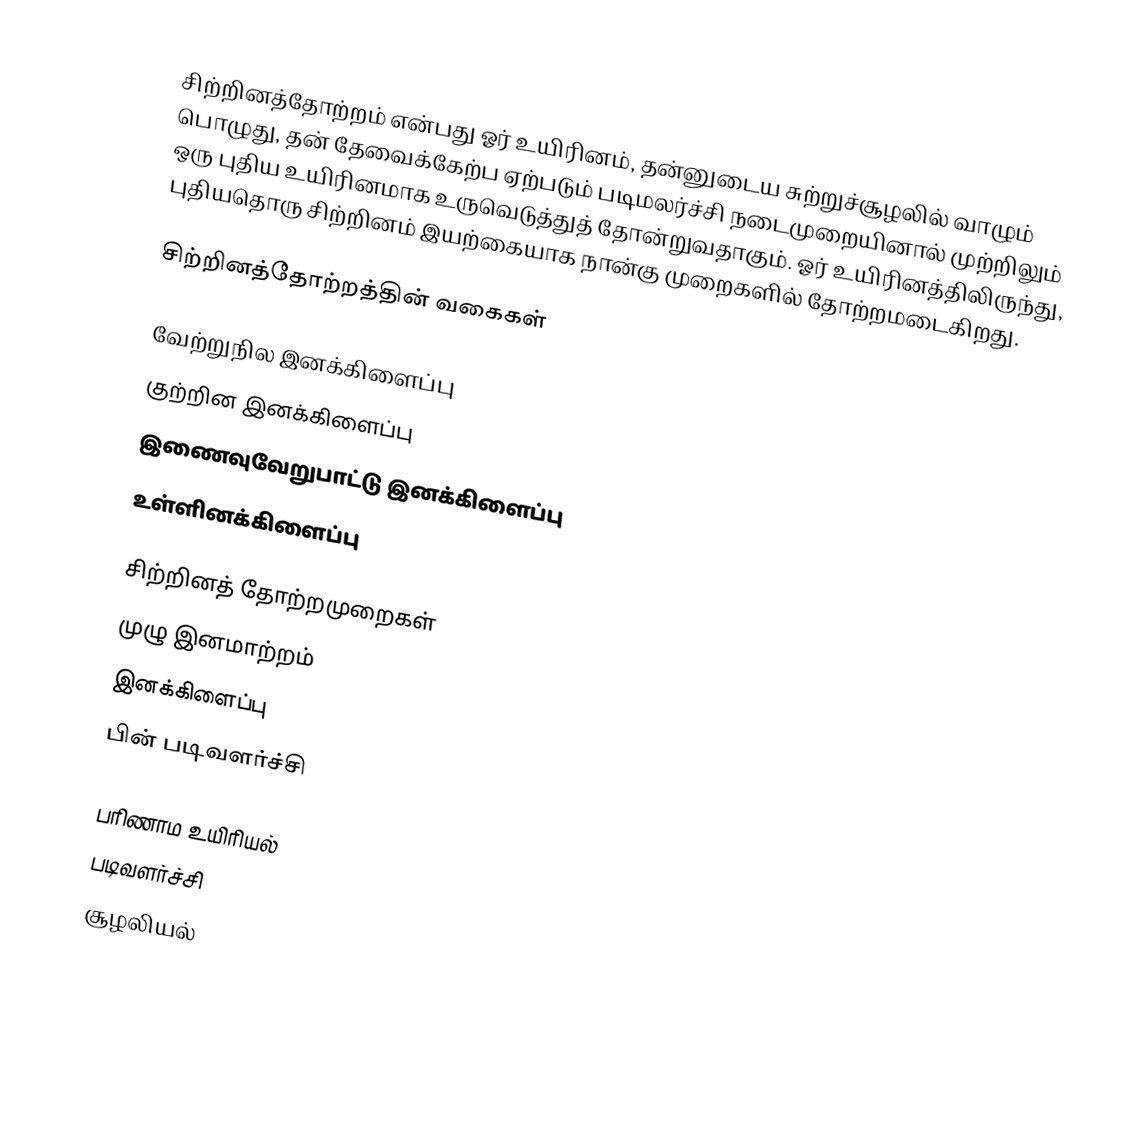
சிற்றினத்தோற்றம் என்பது ஓர் உயிரினம்,  தன்னுடைய சுற்றுச்சூழலில் வாழும் பொழுது, தன் தேவைக்கேற்ப ஏற்படும் படிமலர்ச்சி நடைமுறையினால் முற்றிலும் ஒரு புதிய உயிரினமாக உருவெடுத்துத் தோன்றுவதாகும். ஓர் உயிரினத்திலிருந்து, புதியதொரு சிற்றினம் இயற்கையாக நான்கு முறைகளில் தோற்றமடைகிறது.

சிற்றினத்தோற்றத்தின் வகைகள்

 வேற்றுநில இனக்கிளைப்பு
 குற்றின இனக்கிளைப்பு
 இணைவுவேறுபாட்டு இனக்கிளைப்பு
 உள்ளினக்கிளைப்பு

சிற்றினத் தோற்றமுறைகள்
 முழு இனமாற்றம்
 இனக்கிளைப்பு
 பின் படிவளர்ச்சி

பரிணாம உயிரியல்
படிவளர்ச்சி
சூழலியல்